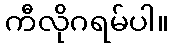
ကီလိုဂရမ်ပါ။